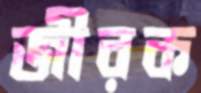
জীরক